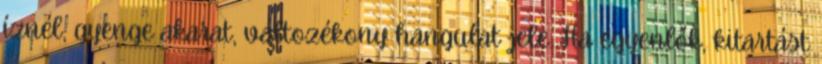
íznél, gyenge akarat, változékony hangulat jele. Ha egyenlők, kitartást